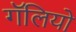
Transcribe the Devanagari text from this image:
गॅलियो